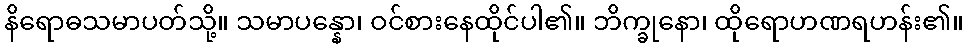
နိရောဓသမာပတ်သို့။ သမာပန္နော၊ ဝင်စားနေထိုင်ပါ၏။ ဘိက္ခုနော၊ ထိုရောဟဏရဟန်း၏။